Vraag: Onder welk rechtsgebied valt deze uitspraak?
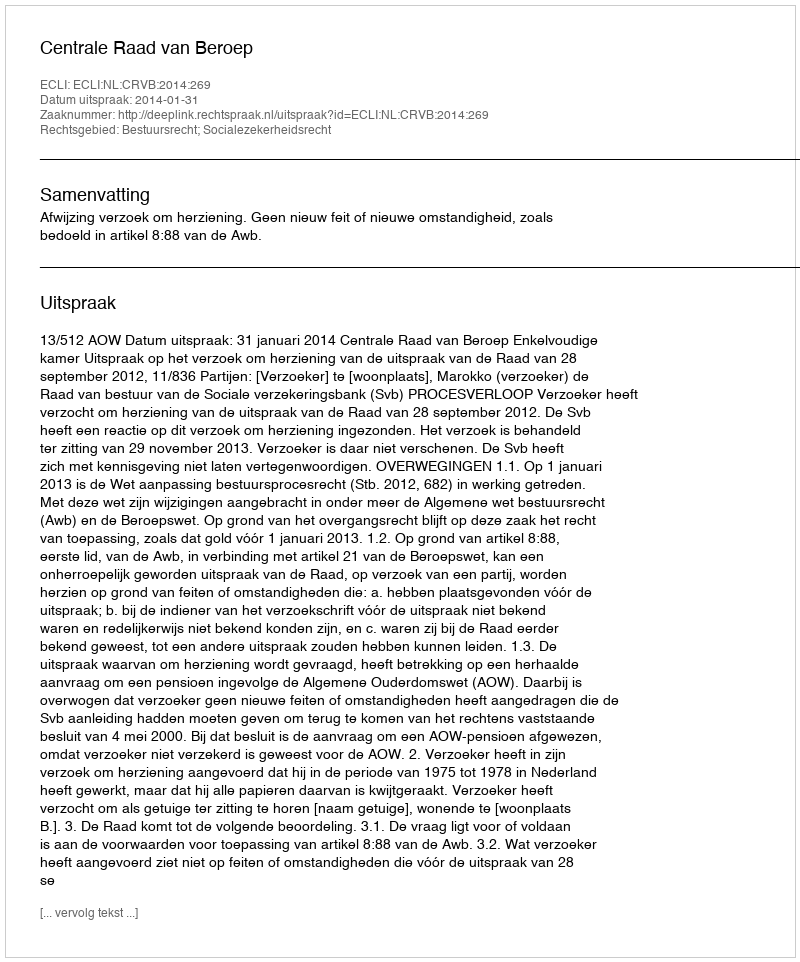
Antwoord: Bestuursrecht; Socialezekerheidsrecht